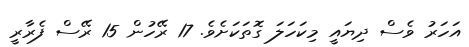
އަހަރު ވެސް ދިޔައީ މިކަހަލަ ގޮތަކަށެވެ. 17 ރޭހުން 15 ރޭސް ފެރާރީ